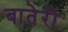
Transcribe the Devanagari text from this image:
बातेरी